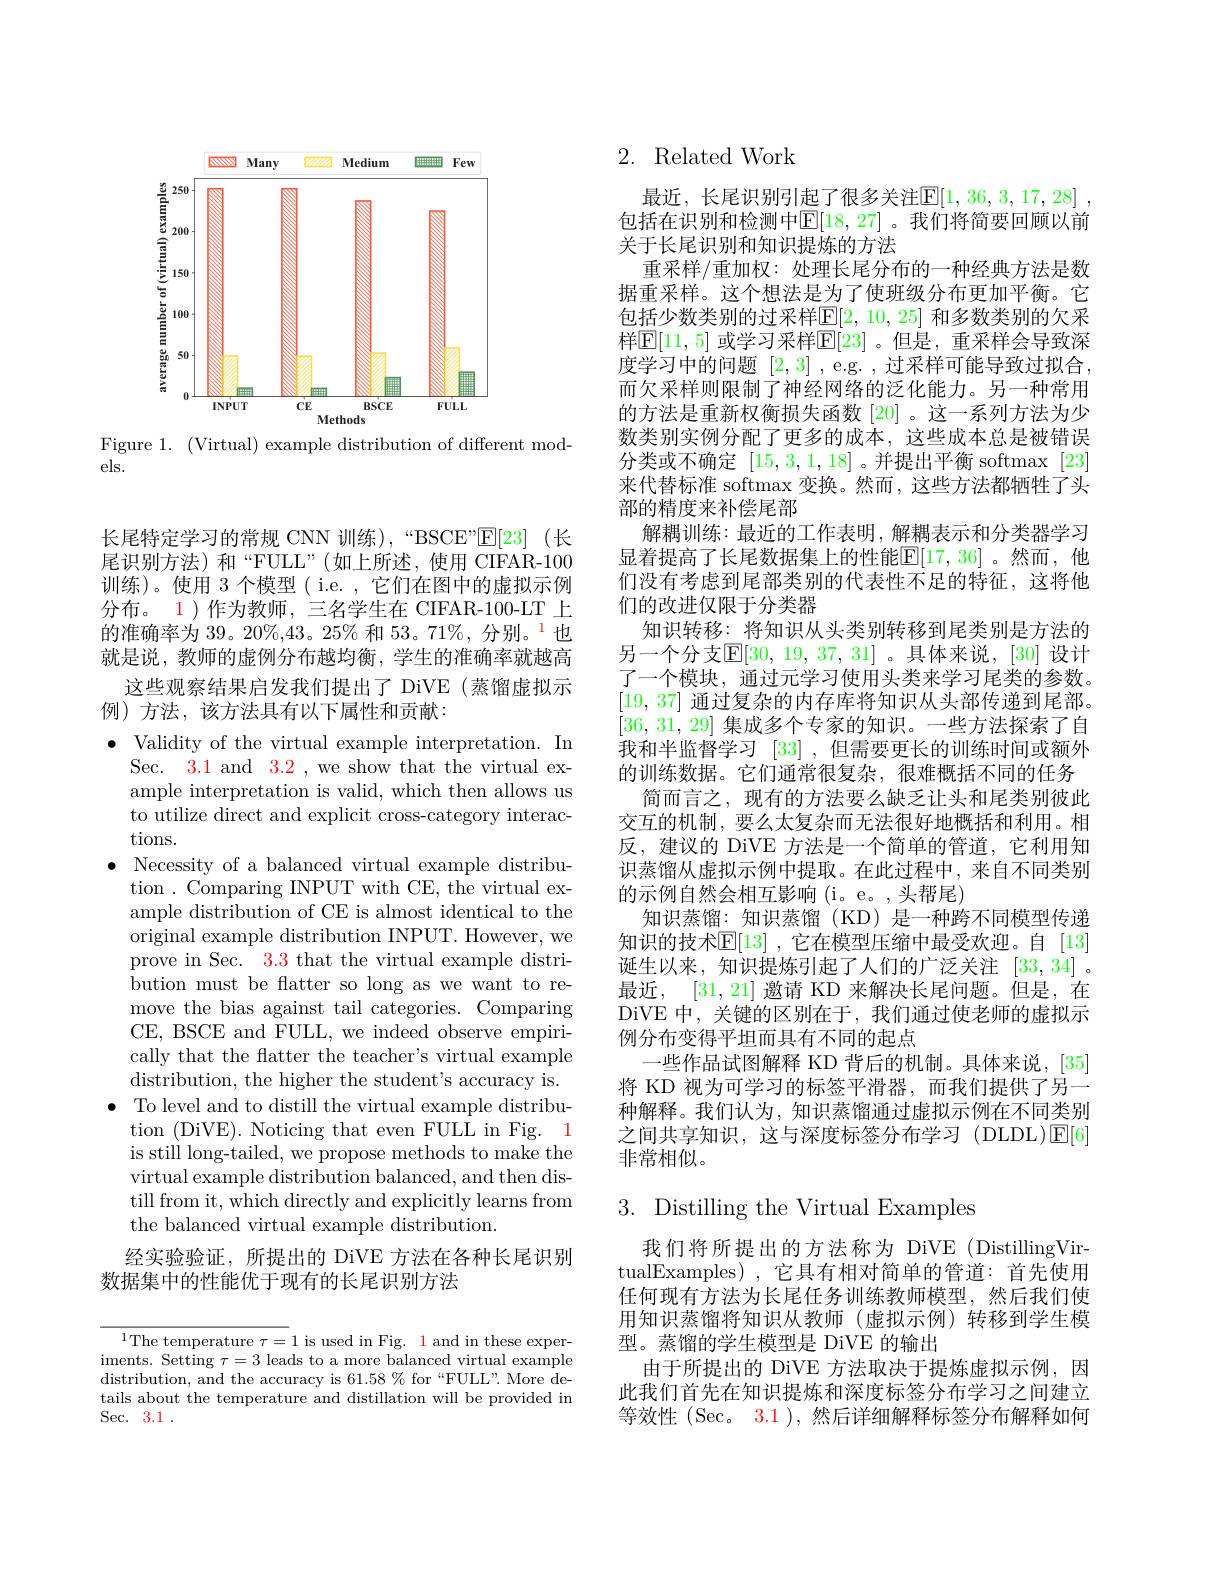
<FigureHere>

Figure 1. (Virtual) example distribution of different mod-
els.

长尾特定学习的常规 CNN 训练),“BSCE”区[23](长尾识别方法)和“FULL”(如上所述，使用 CIFAR-100训练)。使用 3 个模型( i.e. , 它们在图中的虚拟示例分布。1)作为教师，三名学生在 CIFAR-100-LT 上的准确率为 39。20%,43。25% 和 53。71%, 分别。$^{\mathrm{l}}$也就是说，教师的虚例分布越均衡，学生的准确率就越高
这些观察结果启发我们提出了 DiVE (蒸馏虚拟示
例)方法，该方法具有以下属性和贡献：
Validity of the virtual example interpretation. In Sec. 3.1 and 3.2 , we show that the virtual example interpretation is valid, which then allows us to utilize direct and explicit cross-category interactions.
$\bullet$ Necessity of a balanced virtual example distribu-
tion . Comparing INPUT with CE, the virtual example distribution of CE is almost identical to the original example distribution INPUT. However, we prove in Sec. 3.3 that the virtual example distribution must be flatter so long as we want to remove the bias against tail categories. Comparing CE, BSCE and FULL, we indeed observe empirically that the flatter the teacher's virtual example ${\mathrm{distribution,~the~higher~the~student's~accuracy~is.}}$
$\bullet$ To level and to distill the virtual example distribu-
tion (DiVE). Noticing that even FULL in Fig. 1 is still long-tailed, we propose methods to make the virtual example distribution balanced, and then distill from it, which directly and explicitly learns from the balanced virtual example distribution.
经实验验证，所提出的 DiVE 方法在各种长尾识别
数据集中的性能优于现有的长尾识别方法

$^{1}$The temperature $\tau=1$ is used in Fig. 1 and in these experiments. Setting $\tau=3$ leads to a more balanced virtual example distribution, and the accuracy is 61.58% for“FULL" More $\dot{\text{de-}}$ tails about the temperature and distillation will be provided in Sec. 3.1 .

## 2. Related Work

最近，长尾识别引起了很多关注$\mathbb{E} [ 1, 36, 3, 17, 28]$ , 包括在识别和检测中$\mathbb{E}[18,27]$ 。我们将简要回顾以前关于长尾识别和知识提炼的方法
重采样/重加权：处理长尾分布的一种经典方法是数据重采样。这个想法是为了使班级分布更加平衡。它包括少数类别的过采样$\mathbb{E}[2,10,25]$ 和多数类别的欠采样$\mathbb{E}[11,5]$ 或学习采样$\mathbb{E}[23]$ 。但是，重采样会导致深度学习中的问题[2,3] , e.g. , 过采样可能导致过拟合， 而欠采样则限制了神经网络的泛化能力。另一种常用的方法是重新权衡损失函数[20]。这一系列方法为少数类别实例分配了更多的成本，这些成本总是被错误分类或不确定[15,3,1,18]。并提出平衡 softmax [23] 来代替标准 softmax 变换。然而，这些方法都牺牲了头部的精度来补偿尾部
解耦训练：最近的工作表明，解耦表示和分类器学习显着提高了长尾数据集上的性能$\mathbb{E}[17,36]$。然而，他们没有考虑到尾部类别的代表性不足的特征，这将他们的改进仅限于分类器
知识转移：将知识从头类别转移到尾类别是方法的另一个分支$\mathbb{E}[30,19,37,31]$ 。具体来说，[30] 设计了一个模块，通过元学习使用头类来学习尾类的参数。[19,37]通过复杂的内存库将知识从头部传递到尾部。[36,31,29]集成多个专家的知识。一些方法探索了自我和半监督学习[33] ,但需要更长的训练时间或额外的训练数据。它们通常很复杂，很难概括不同的任务
简而言之，现有的方法要么缺乏让头和尾类别彼此交互的机制，要么太复杂而无法很好地概括和利用。相反，建议的 DiVE 方法是一个简单的管道，它利用知识蒸馏从虚拟示例中提取。在此过程中，来自不同类别的示例自然会相互影响(i。e。,头帮尾)
知识蒸馏：知识蒸馏 (KD) 是一种跨不同模型传递知识的技术$\mathbb{E}[13]$ ,它在模型压缩中最受欢迎。自 [13] 诞生以来，知识提炼引起了人们的广泛关注[33,34] 。最近，[31,21] 邀请 KD 来解决长尾问题。但是，在DiVE 中，关键的区别在于，我们通过使老师的虚拟示例分布变得平坦而具有不同的起点
一些作品试图解释 KD 背后的机制。具体来说，[35] 将 KD 视为可学习的标签平滑器，而我们提供了另一种解释。我们认为，知识蒸馏通过虚拟示例在不同类别之间共享知识，这与深度标签分布学习(DLDL)$\operatorname{E}[6]$ 非常相似。

# 3. Distilling the Virtual Examples

我们将所提出的方法称为 DiVE (DistillingVirtualExamples),它具有相对简单的管道：首先使用任何现有方法为长尾任务训练教师模型，然后我们使用知识蒸馏将知识从教师(虚拟示例)转移到学生模型。蒸馏的学生模型是 DiVE 的输出
由于所提出的 DiVE 方法取决于提炼虚拟示例，因此我们首先在知识提炼和深度标签分布学习之间建立等效性(Sec。3.1 ), 然后详细解释标签分布解释如何